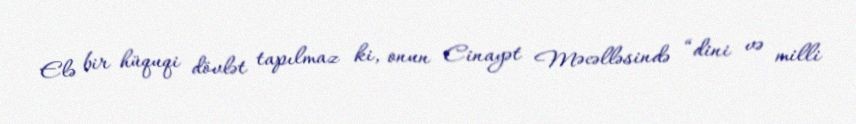
Elə bir hüquqi dövlət tapılmaz ki, onun Cinayət Məcəlləsində “dini və milli